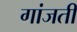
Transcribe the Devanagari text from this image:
गांजती